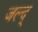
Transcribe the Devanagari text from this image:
जल्द्